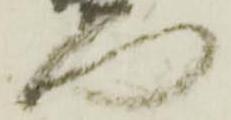
門